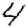
Digit: 4